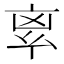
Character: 𠅛